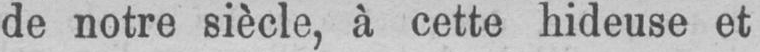
de notre siècle, à cette hideuse et